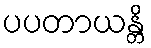
ပပတာယန္တိ